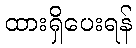
ထားရှိပေးရန်